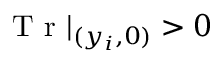
\mathrm { ~ T ~ r ~ } | _ { ( y _ { i } , 0 ) } > 0